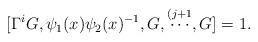
LaTeX: \begin{align*}[\Gamma^{i}G, \psi_1(x)\psi_2(x)^{-1}, G, \stackrel{(j+1}{\cdots}, G]=1.\end{align*}